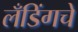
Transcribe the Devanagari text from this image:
लँडिंगचे